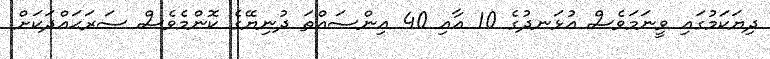
ދިޔަކަމުގައި ވީނަމަވެސް އުޅަނދުގެ 10 އާއި 40 އިންސައްތަ ދުނިޔޭގެ ކޮންމެވެސް ސަރަޙައްދަކަށް